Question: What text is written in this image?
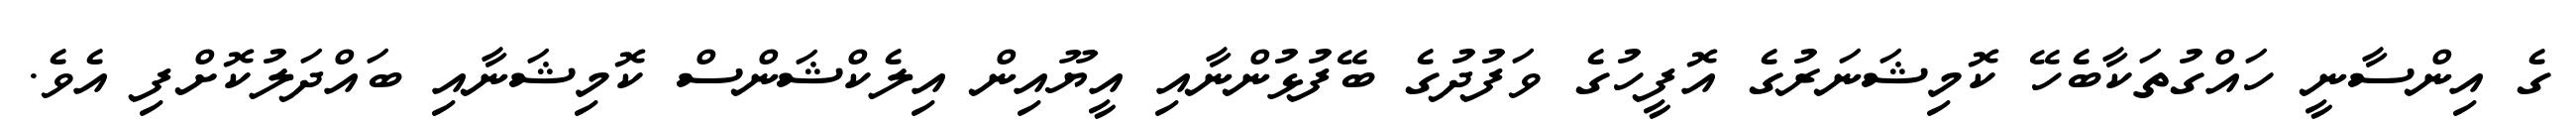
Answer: ގެ އިންސާނީ ހައްގުތަކާބެހޭ ކޮމިޝަނަރުގެ އޮފީހުގެ ވަފުދުގެ ބޭފުޅުންނާއި އީޔޫއިން އިލެކްޝަންސް ކޮމިޝަނާއި ބައްދަލުކޮށްފި އެވެ.